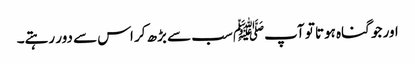
اور جو گناہ ہوتا تو آپﷺ سب سے بڑھ کر اس سے دور رہتے۔